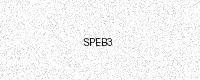
Text: SPEB3